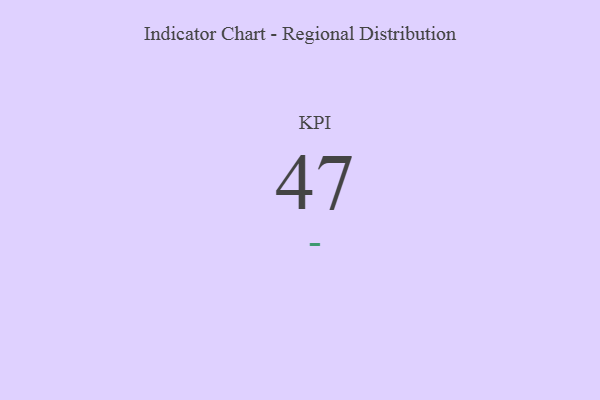
{"axis": {"x": "KPI", "y": "Value"}, "legend": [""], "data": [{"x": "KPI", "y": 47, "type": ""}]}